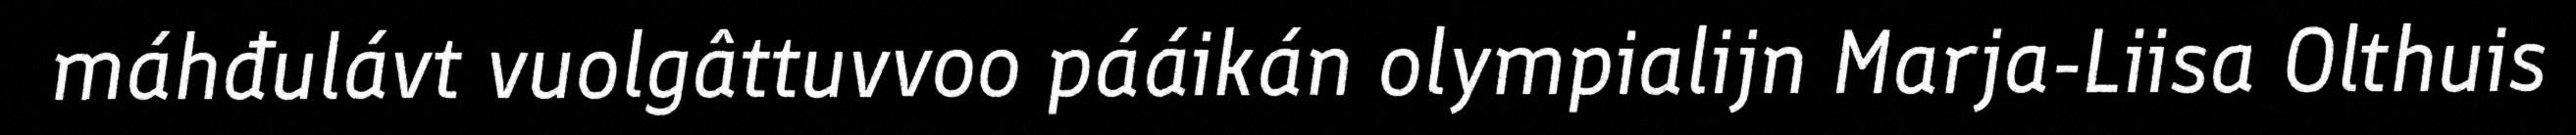
máhđulávt vuolgâttuvvoo pááikán olympialijn Marja-Liisa Olthuis